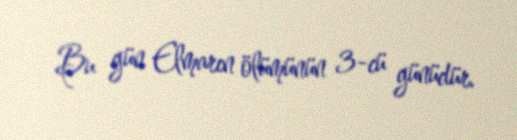
Bu gün Elmarın ölümünün 3-cü günüdür.